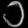
Digit: ၁